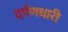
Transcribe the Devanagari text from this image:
दर्पणधारी